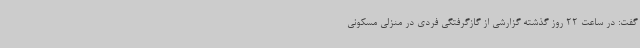
گفت:‌ در ساعت 22 روز گذشته گزارشی از گازگرفتگی فردی در منزلی مسکونی